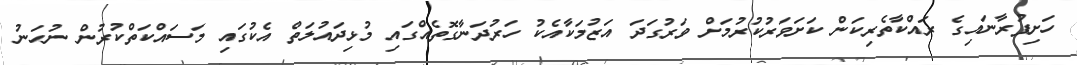
ހަށިފުރާނައިގެ ރައްކާތެރިކަން ކަށަވަރުކުރުމަށް ވަރުގަދަ އަޒުމަކާއެކު ހަރުދަނާގޮތެއްގައި މުޅިދައުލަތް އެކުގައި މަސައްކަތްކުުރުން ނުހަނު